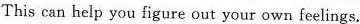
This can help you figure out your own feelings.